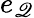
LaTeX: e_{\mathscr{Q}}